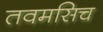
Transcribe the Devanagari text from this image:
तवमसिच